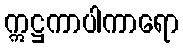
ဣဋ္ဌကာပါကာရော